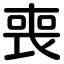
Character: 喪